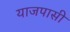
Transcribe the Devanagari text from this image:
याजपासी